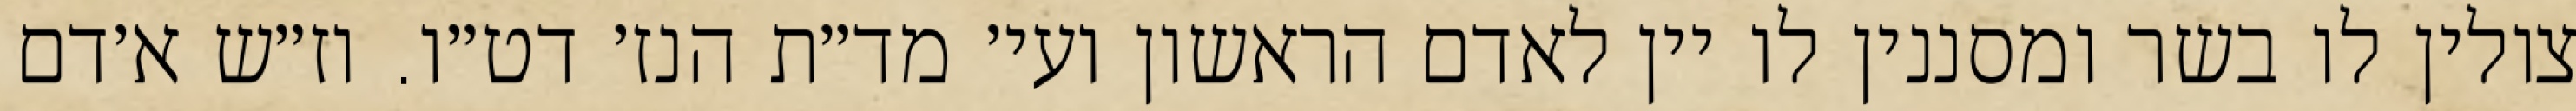
צולין לו בשר ומסננין לו יין לאדם הראשון ועי׳ מד״ת הנז׳ דט״ו. וז״ש א׳דם